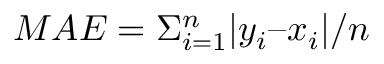
M A E = \Sigma _ { i = 1 } ^ { n } | y _ { i } – x _ { i } | / n